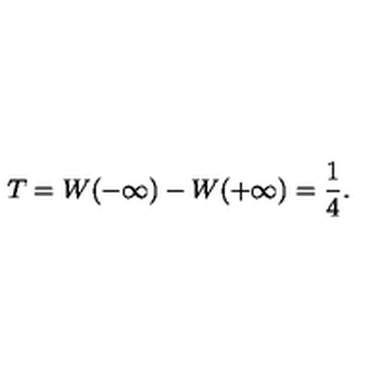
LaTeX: T = W ( - \infty ) - W ( + \infty ) = { \frac { 1 } { 4 } } .